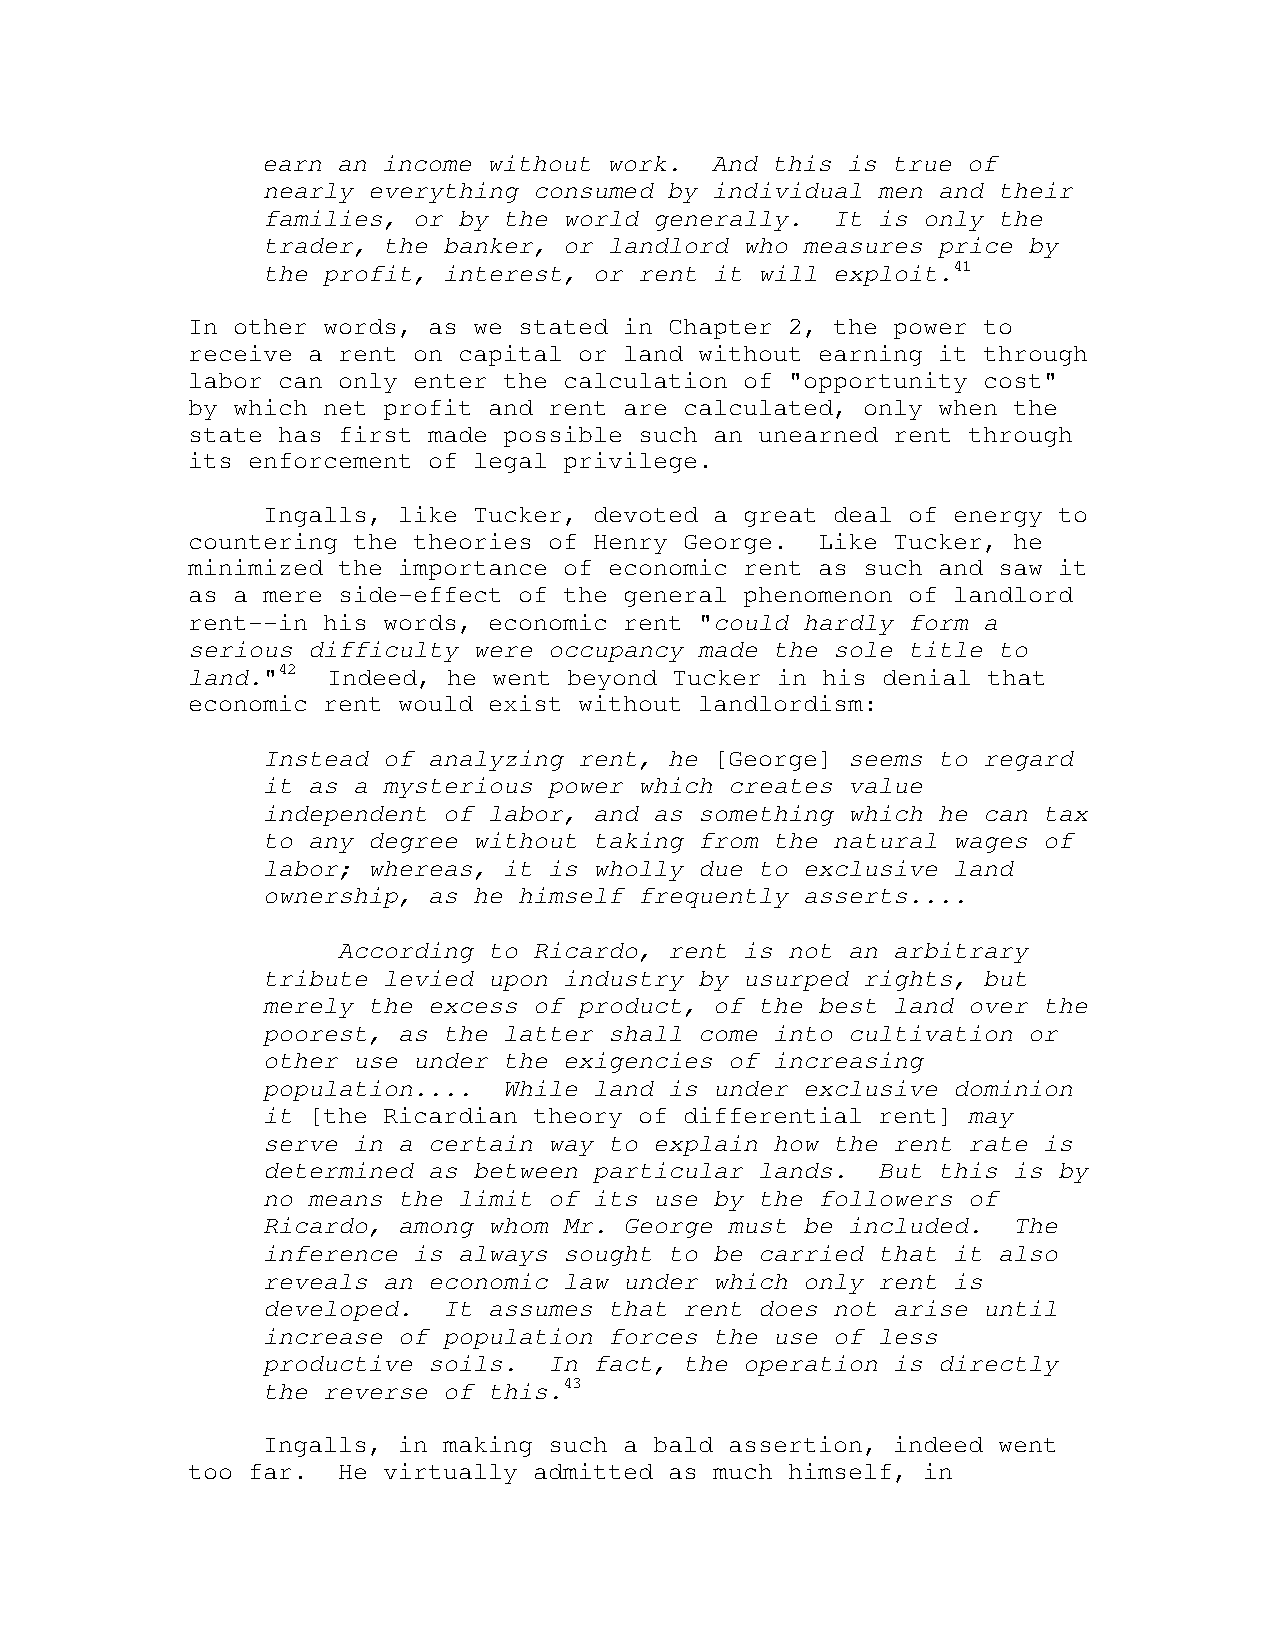
earn an income without work.  And this is true of
 nearly everything consumed by individual men and their
 families, or by the world generally.  It is only the
 trader, the banker, or landlord who measures price by
 the profit, interest, or rent it will exploit.41
 In other words, as we stated in Chapter 2, the power to
 receive a rent on capital or land without earning it through
 labor can only enter the calculation of "opportunity cost"
 by which net profit and rent are calculated, only when the
 state has first made possible such an unearned rent through
 its enforcement of legal privilege.
 Ingalls, like Tucker, devoted a great deal of energy to
 countering the theories of Henry George.  Like Tucker, he
 minimized the importance of economic rent as such and saw it
 as a mere side-effect of the general phenomenon of landlord
 rent--in his words, economic rent "could hardly form a
 serious difficulty were occupancy made the sole title to
 land."42  Indeed, he went beyond Tucker in his denial that
 economic rent would exist without landlordism:
 Instead of analyzing rent, he [George] seems to regard
 it as a mysterious power which creates value
 independent of labor, and as something which he can tax
 to any degree without taking from the natural wages of
 labor; whereas, it is wholly due to exclusive land
 ownership, as he himself frequently asserts....
 According to Ricardo, rent is not an arbitrary
 tribute levied upon industry by usurped rights, but
 merely the excess of product, of the best land over the
 poorest, as the latter shall come into cultivation or
 other use under the exigencies of increasing
 population....  While land is under exclusive dominion
 it [the Ricardian theory of differential rent] may
 serve in a certain way to explain how the rent rate is
 determined as between particular lands.  But this is by
 no means the limit of its use by the followers of
 Ricardo, among whom Mr. George must be included.  The
 inference is always sought to be carried that it also
 reveals an economic law under which only rent is
 developed.  It assumes that rent does not arise until
 increase of population forces the use of less
 productive soils.  In fact, the operation is directly
 the reverse of this.43
 Ingalls, in making such a bald assertion, indeed went
 too far.  He virtually admitted as much himself, in